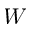
W